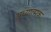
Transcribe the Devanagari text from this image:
अध्यात्मक